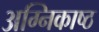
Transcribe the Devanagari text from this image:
अग्निकाष्ठ